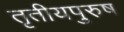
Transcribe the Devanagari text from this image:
तृतीयपुरुष